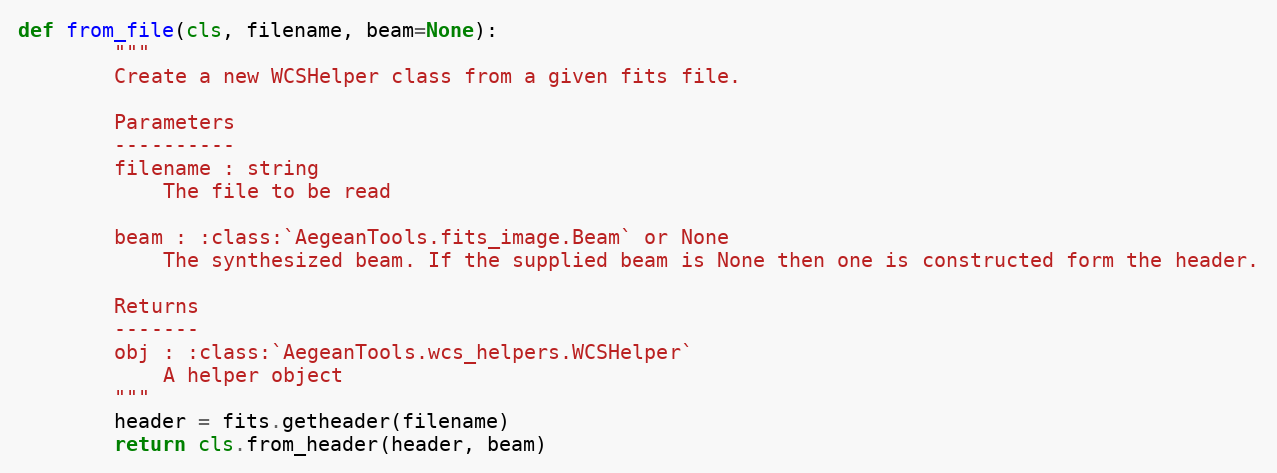
Language: Python
def from_file(cls, filename, beam=None):
        """
        Create a new WCSHelper class from a given fits file.

        Parameters
        ----------
        filename : string
            The file to be read

        beam : :class:`AegeanTools.fits_image.Beam` or None
            The synthesized beam. If the supplied beam is None then one is constructed form the header.

        Returns
        -------
        obj : :class:`AegeanTools.wcs_helpers.WCSHelper`
            A helper object
        """
        header = fits.getheader(filename)
        return cls.from_header(header, beam)